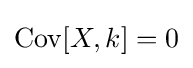
\operatorname {Cov} [X,k]=0